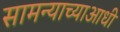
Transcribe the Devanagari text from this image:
सामन्याच्याआधी